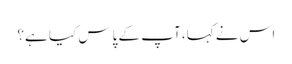
اس نے کہا، آپ کے پاس کیا ہے؟